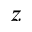
z